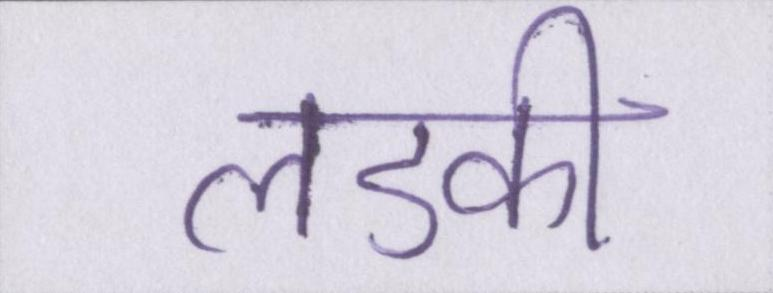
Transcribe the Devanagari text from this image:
लडकी